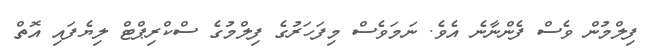
ފިލްމުން ވެސް ފެންނާނެ އެވެ. ނަމަވެސް މިފަހަރުގެ ފިލްމުގެ ސްކްރިޕްޓް ލިޔެފައި އޮތް